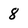
Character: 8